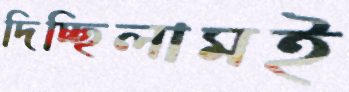
দিচ্ছিলামই